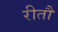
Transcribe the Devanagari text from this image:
रीतौ